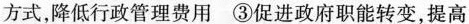
方式，降低行政管理费用 ③促进政府职能转变，提高